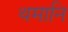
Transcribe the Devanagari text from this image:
थमानि